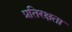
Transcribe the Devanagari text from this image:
प्रतिरक्षता